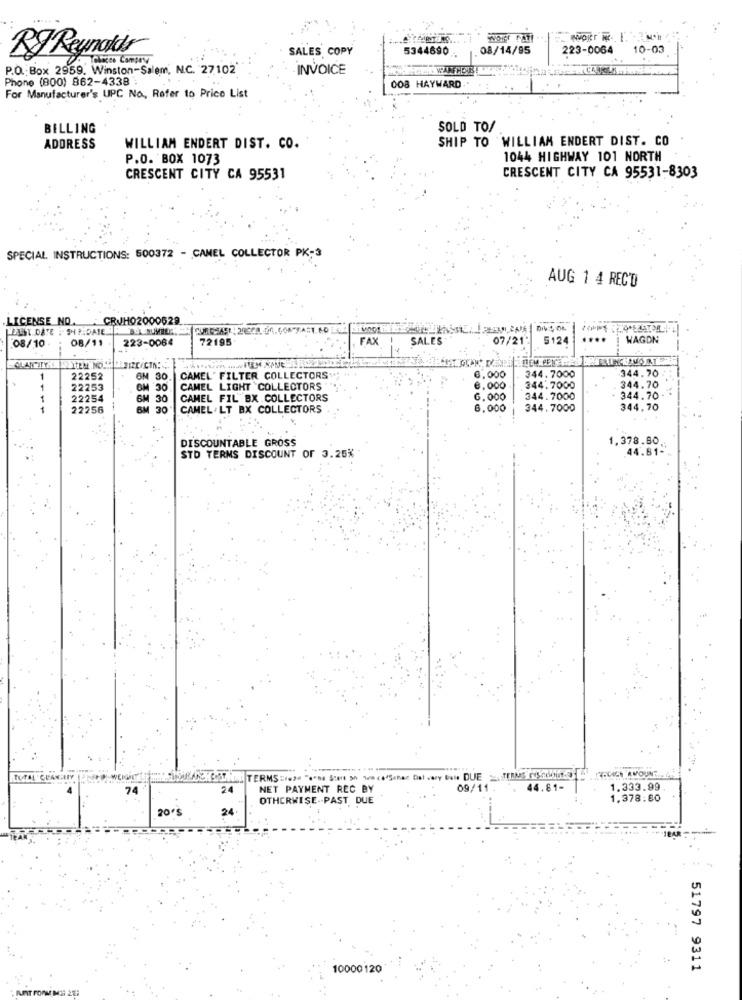
SALES COPY
5344690
08/14/95
223-0064
10-03
RJ Reynolds
Choco Compon
P.O. Box 2959. Winston-Salem, N.C. 27102
INVOICE
Phone (800) 862-4338 .
008 HAYWARD
For Manufacturer's UPC No ., Refer to Price List
BELLING
SOLD TO/
SHIP TO WILLIAM ENDERT DIST. CO
ADDRESS
WILLIAM ENDERT DIST. CO.
P.O. BOX 1073
1044 HIGHWAY 101 NORTH
CRESCENT CITY CA 95531
CRESCENT CITY CA 95531-8303
SPECIAL INSTRUCTIONS: 500372 - CAMEL COLLECTOR PK-3
AUG 1 4 REC'D
ICENSE NO.
CRUHO2000
HELST DATE : OHRIDAIE
PURCHASE : 20000 En. CON-FAST NO
08/10
08/11
223-0064
72195
FAX
SALES
07/21
5124
...
WAGON
344.7000
344.70
1
22252
OM 30.
CAMEL' FILTER COLLECTORS
6,000
22253
CAMEL LIGHT COLLECTORS
6,000
344.7000
344.70
1
22254
6M 30
CAMEL FIL BX COLLECTORS
6.000
344.7000
344.70
-
22256
6M 30
30
CAMEL. LT BX COLLECTORS
8,000
344.7000
344.70
DISCOUNTABLE GROSS
1,378.80
44.81-
STD TERMS DISCOUNT OF 3.25%
POLICE AMOUNT.
74
24
NET PAYMENT REC BY
09/11 .
44.81-
1.333.99
OTHERWISE -- PAST DUE
1.378:80
20'S
24.
10000 120
51797 9311